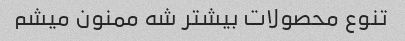
تنوع محصولات بیشتر شه ممنون میشم